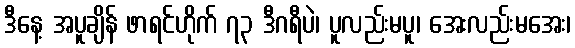
ဒီနေ့ အပူချိန် ဖာရင်ဟိုက် ၇၃ ဒီဂရီပဲ၊ ပူလည်းမပူ၊ အေးလည်းမအေး၊